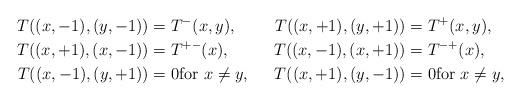
LaTeX: \begin{align*} T((x,-1), (y,-1)) & = T^{-}(x,y), & T((x,+1), (y,+1)) & = T^{+}(x,y), \\T((x,+1),(x,-1)) & = T^{+-}(x), & T((x,-1),(x,+1)) & =T^{-+}(x), \\T((x,-1),(y,+1)) & = 0 \mbox{for $x \neq y$}, & T((x,+1),(y,-1)) & = 0 \mbox{for $x \neq y$},\end{align*}